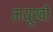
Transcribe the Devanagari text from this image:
मयूखों